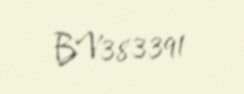
BV383391